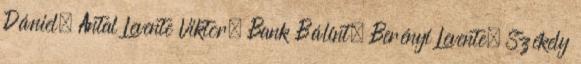
Dániel, Antal Levente Viktor, Bank Bálint, Berényi Levente, Székely